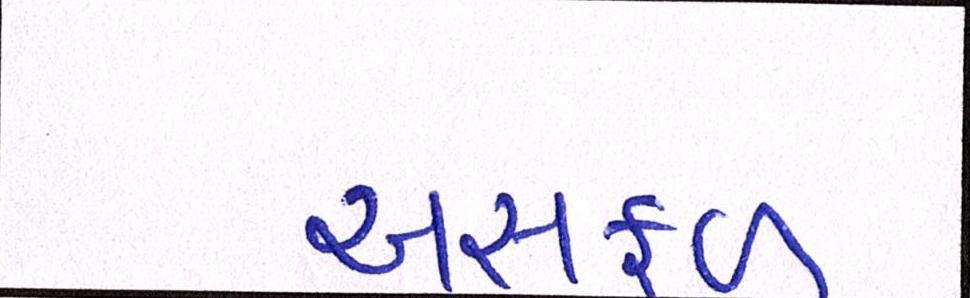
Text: અસફળ